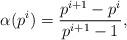
LaTeX: \begin{align*}\alpha(p^i)=\frac{p^{i+1}-p^{i}}{p^{i+1}-1},\end{align*}